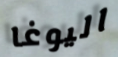
اليوغا